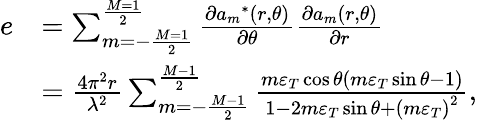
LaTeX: \begin{array}{rl}{e}&{=\sum_{m=-\frac{{M=1}}{2}}^{\frac{{M=1}}{2}}{\frac{{\partial{a_{m}}^{*}(r,\theta)}}{{\partial\theta}}\frac{{\partial{a_{m}}(r,\theta)}}{{\partial r}}}}\\ &{=\frac{{4{\pi^{2}}r}}{{{\lambda^{2}}}}\sum_{m=-\frac{{M-1}}{2}}^{\frac{{M-1}}{2}}{\frac{{m{\varepsilon_{T}}\cos\theta(m{\varepsilon_{T}}\sin\theta-1)}}{{1-2m{\varepsilon_{T}}\sin\theta+{{(m{\varepsilon_{T}})}^{2}}}}},}\end{array}